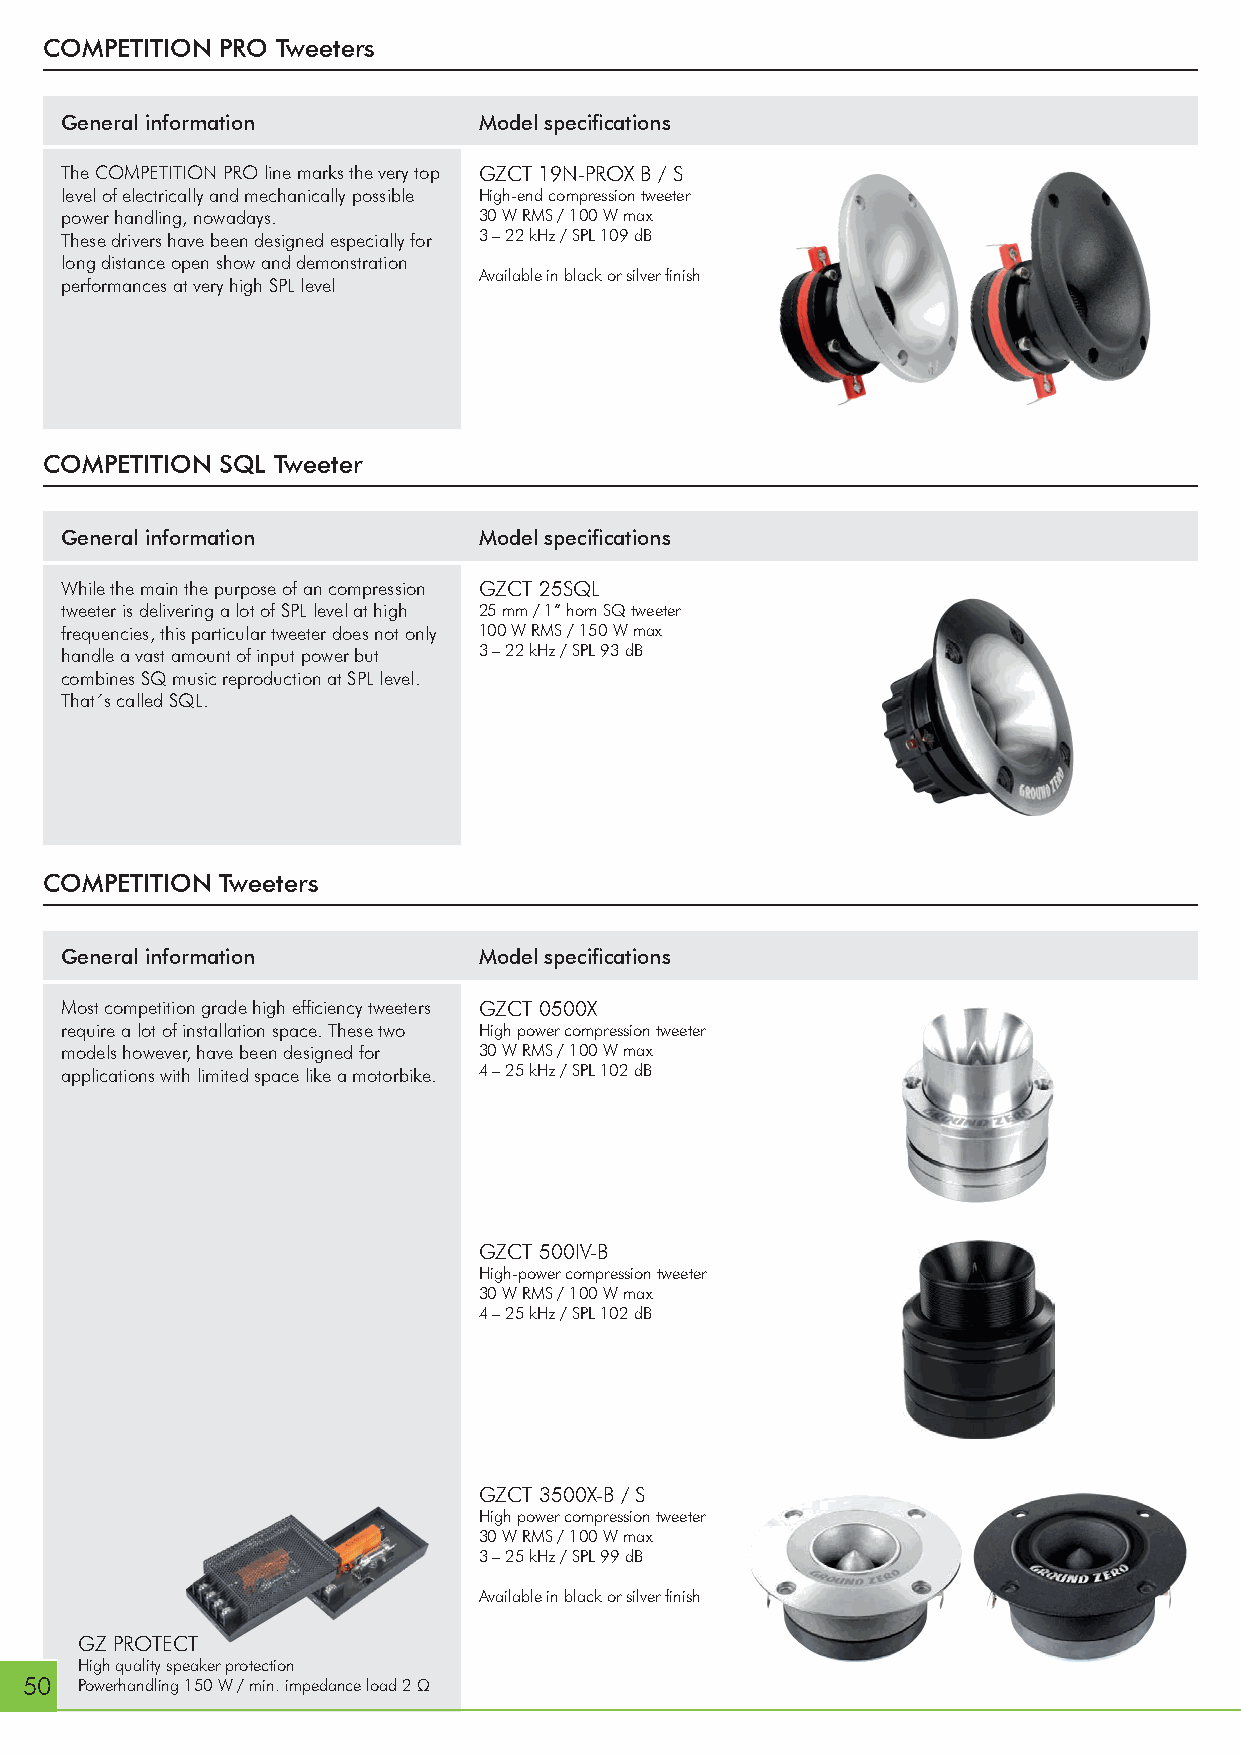
COMPETITION PRO Tweeters
 General information         Model specifi cations
 The COMPETITION PRO line marks the very top GZCT 19N-PROX B / S
 level of electrically and mechanically possible High-end compression tweeter
 power handling, nowadays.   30 W RMS / 100 W max
 These drivers have been designed especially for 3 – 22 kHz / SPL 109 dB
 long distance open show and demonstration
 Available in black or silver fi nish
 performances at very high SPL level
 COMPETITION SQL Tweeter
 General information         Model specifi cations
 While the main the purpose of an compression GZCT 25SQL
 tweeter is delivering a lot of SPL level at high 25 mm / 1” horn SQ tweeter
 frequencies, this particular tweeter does not only 100 W RMS / 150 W max
 handle a vast amount of input power but 3 – 22 kHz / SPL 93 dB
 combines SQ music reproduction at SPL level.
 That´s called SQL.
 COMPETITION Tweeters
 General information         Model specifi cations
 Most competition grade high effi ciency tweeters GZCT 0500X
 require a lot of installation space. These two High power compression tweeter
 models however, have been designed for 30 W RMS / 100 W max
 applications with limited space like a motorbike. 4 – 25 kHz / SPL 102 dB
 GZCT 500IV-B
 High-power compression tweeter
 30 W RMS / 100 W max
 4 – 25 kHz / SPL 102 dB
 GZCT 3500X-B / S
 High power compression tweeter
 30 W RMS / 100 W max
 3 – 25 kHz / SPL 99 dB
 Available in black or silver fi nish
 GZ PROTECT
 High quality speaker protection
 50  Powerhandling 150 W / min. impedance load 2 Ω